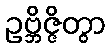
ဥဗ္ဘိဇ္ဇိတွာ